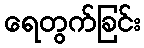
ရေတွက်ခြင်း